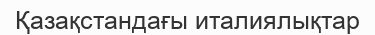
Қазақстандағы италиялықтар